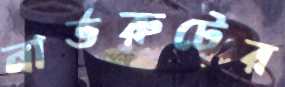
নার্ভরুটের